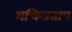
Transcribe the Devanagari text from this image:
भक्तिप्रताप